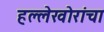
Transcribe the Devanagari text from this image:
हल्लेखोरांचा